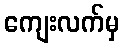
ကျေးလက်မှ